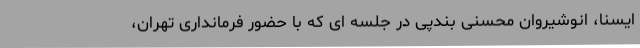
ایسنا، انوشیروان محسنی بندپی در جلسه ای که با حضور فرمانداری تهران،